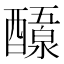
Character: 𬪷